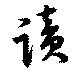
読